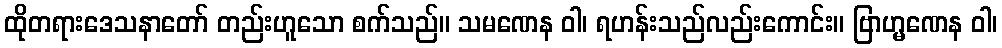
ထိုတရားဒေသနာတော် တည်းဟူသော စက်သည်။ သမဏေန ဝါ၊ ရဟန်းသည်လည်းကောင်း။ ဗြာဟ္မဏေန ဝါ၊